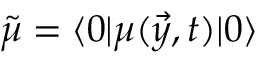
\tilde { \mu } = \langle 0 | \mu ( \vec { y } , t ) | 0 \rangle